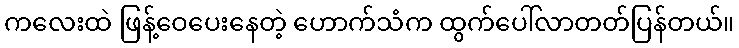
ကလေးထဲ ဖြန့်ဝေပေးနေတဲ့ ဟောက်သံက ထွက်ပေါ်လာတတ်ပြန်တယ်။